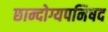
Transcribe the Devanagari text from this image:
छान्दोग्यपनिषद